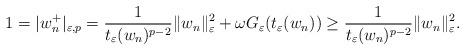
LaTeX: \begin{align*}1=|w_{n}^{+}|_{\varepsilon,p}=\frac{1}{t_{\varepsilon}(w_{n})^{p-2}}\|w_{n}\|_{\varepsilon}^{2}+\omega G_{\varepsilon}(t_{\varepsilon}(w_{n}))\ge\frac{1}{t_{\varepsilon}(w_{n})^{p-2}}\|w_{n}\|_{\varepsilon}^{2}.\end{align*}